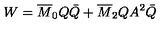
W = \overline { { M } } _ { 0 } Q \bar { Q } + \overline { { M } } _ { 2 } Q A ^ { 2 } \bar { Q }